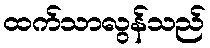
ထက်သာလွန်သည်